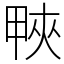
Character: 𤲍